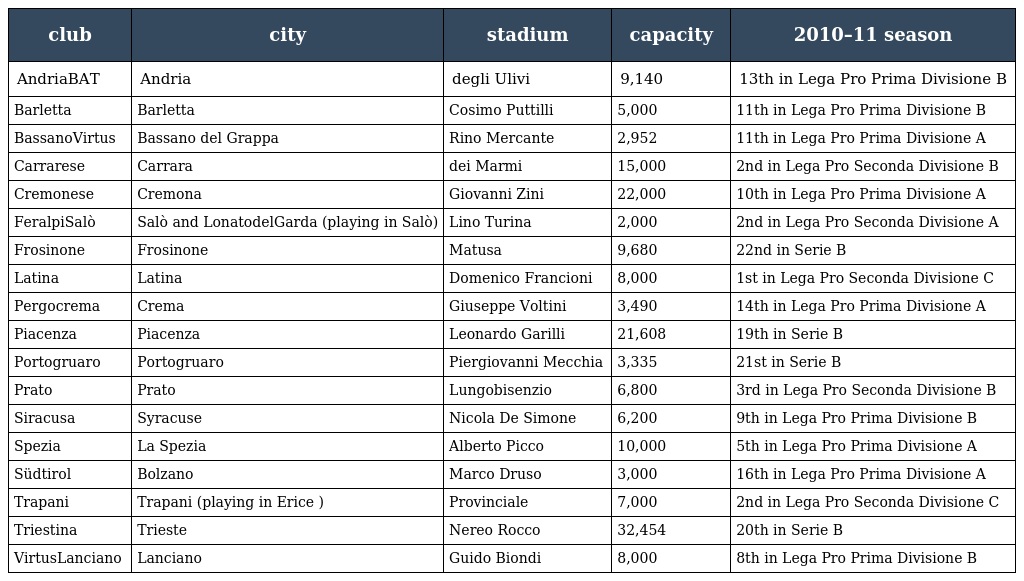
| club | city | stadium | capacity | 2010–11 season |
 | --- | --- | --- | --- | --- |
 | AndriaBAT | Andria | degli Ulivi | 9,140 | 13th in Lega Pro Prima Divisione B |
 | Barletta | Barletta | Cosimo Puttilli | 5,000 | 11th in Lega Pro Prima Divisione B |
 | BassanoVirtus | Bassano del Grappa | Rino Mercante | 2,952 | 11th in Lega Pro Prima Divisione A |
 | Carrarese | Carrara | dei Marmi | 15,000 | 2nd in Lega Pro Seconda Divisione B |
 | Cremonese | Cremona | Giovanni Zini | 22,000 | 10th in Lega Pro Prima Divisione A |
 | FeralpiSalò | Salò and LonatodelGarda (playing in Salò) | Lino Turina | 2,000 | 2nd in Lega Pro Seconda Divisione A |
 | Frosinone | Frosinone | Matusa | 9,680 | 22nd in Serie B |
 | Latina | Latina | Domenico Francioni | 8,000 | 1st in Lega Pro Seconda Divisione C |
 | Pergocrema | Crema | Giuseppe Voltini | 3,490 | 14th in Lega Pro Prima Divisione A |
 | Piacenza | Piacenza | Leonardo Garilli | 21,608 | 19th in Serie B |
 | Portogruaro | Portogruaro | Piergiovanni Mecchia | 3,335 | 21st in Serie B |
 | Prato | Prato | Lungobisenzio | 6,800 | 3rd in Lega Pro Seconda Divisione B |
 | Siracusa | Syracuse | Nicola De Simone | 6,200 | 9th in Lega Pro Prima Divisione B |
 | Spezia | La Spezia | Alberto Picco | 10,000 | 5th in Lega Pro Prima Divisione A |
 | Südtirol | Bolzano | Marco Druso | 3,000 | 16th in Lega Pro Prima Divisione A |
 | Trapani | Trapani (playing in Erice ) | Provinciale | 7,000 | 2nd in Lega Pro Seconda Divisione C |
 | Triestina | Trieste | Nereo Rocco | 32,454 | 20th in Serie B |
 | VirtusLanciano | Lanciano | Guido Biondi | 8,000 | 8th in Lega Pro Prima Divisione B |